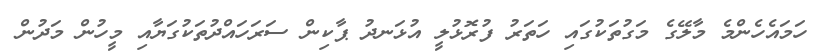
ހަމައެހެންމެ މާލޭގެ މަގުތަކުގައި ހަތަރު ފުރޮޅުލީ އުޅަނދު ޕާކިން ސަރަހައްދުތަކުގަޔާއި މީހުން މަދުން